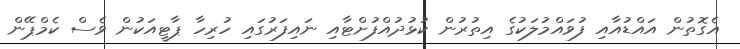
އެގޮތުން އައްޑުއާއި ފުވައްމުލަކުގެ އިތުރުން ކުޅުދުއްފުށްޓާއި ނައިފަރުގައި ހުރިހާ ޕާޓީއަކުން ވެސް ކެމްޕޭން